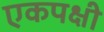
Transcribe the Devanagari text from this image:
एकपक्षी